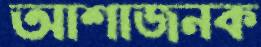
আশাজনক